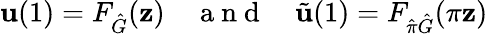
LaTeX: \mathbf{u}(1)=F_{\hat{G}}(\mathbf{z})\quad\mathrm{~a~n~d~}\quad\tilde{\mathbf{u}}(1)=F_{\hat{\pi}\hat{G}}(\pi\mathbf{z})